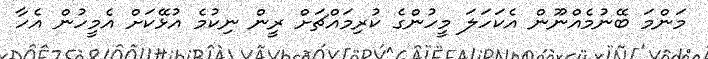
މަންމަ ބޭނުމެއްނޫން އެކަހަލަ މީހުންގެ ކުރިމައްޗަށް ރީން ނިކުމެ އުޅޭކަށް އެމީހުން އެހާ